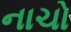
નાચો